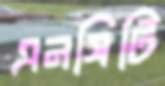
এনসিটি